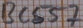
Text: BC557